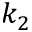
k _ { 2 }